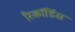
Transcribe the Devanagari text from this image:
रिकॉर्डिस